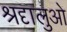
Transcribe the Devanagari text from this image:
श्रदृालुओ